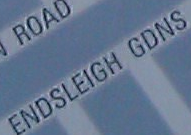
ENDSLEIGH GDNS